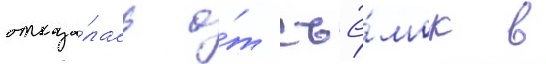
отказа́лась о́т съё́мок в